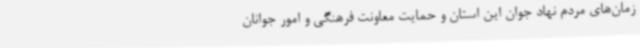
زمان‌های مردم نهاد جوان این استان و حمایت معاونت فرهنگی و امور جوانان